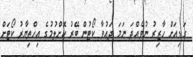
ގަޑިއަށް ހާޒިރު ނުވެއްޖަ ނަމަ ދައުވާ ކޯޓުން ބޭރު ކޮށްލުމުގެ އިހްތިޔާރު ކޯޓަށް